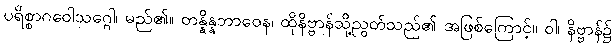
ပရိစ္စာဂဝေါသဂ္ဂေါ၊ မည်၏။ တန္နိန္နဘာဝေန၊ ထိုနိဗ္ဗာန်သို့ညွတ်သည်၏ အဖြစ်ကြောင့်။ ဝါ၊ နိဗ္ဗာန်၌